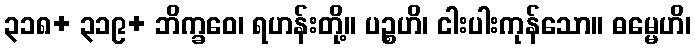
၃၁၈+ ၃၁၉+ ဘိက္ခဝေ၊ ရဟန်းတို့။ ပဉ္စဟိ၊ ငါးပါးကုန်သော။ ဓမ္မေဟိ၊